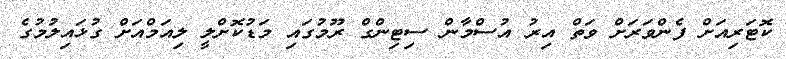
ކޮޓަރިއަށް ފެންވަރަށް ވަތް އިރު އުސްމާން ސިޓިންގް ރޫމުގައި މަޑުކޮށްލީ ލިއަމްއަށް ގުޅައިލުމުގެ